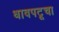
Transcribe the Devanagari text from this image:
धावपटूचा